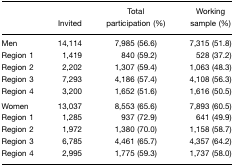
|  | Invited | Total participation (%) | Working sample (%) |
 | --- | --- | --- | --- |
 | Men | 14,114 | 7,985 (56.6) | 7,315 (51.8) |
 | Region 1 | 1,419 | 840 (59.2) | 528 (37.2) |
 | Region 2 | 2,202 | 1,307 (59.4) | 1,063 (48.3) |
 | Region 3 | 7,293 | 4,186 (57.4) | 4,108 (56.3) |
 | Region 4 | 3,200 | 1,652 (51.6) | 1,616 (50.5) |
 | Women | 13,037 | 8,553 (65.6) | 7,893 (60.5) |
 | Region 1 | 1,285 | 937 (72.9) | 641 (49.9) |
 | Region 2 | 1,972 | 1,380 (70.0) | 1,158 (58.7) |
 | Region 3 | 6,785 | 4,461 (65.7) | 4,357 (64.2) |
 | Region 4 | 2,995 | 1,775 (59.3) | 1,737 (58.0) |